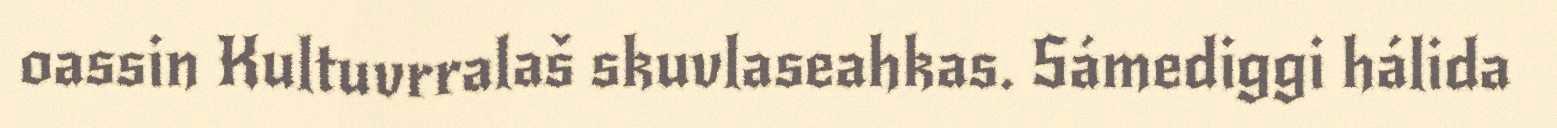
oassin Kultuvrralaš skuvlaseahkas. Sámediggi hálida